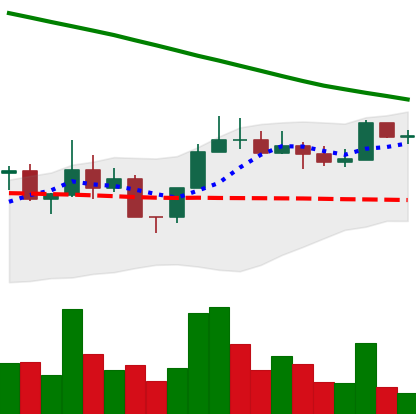
Ticker: NEO-USD
Chart end date: 2022-08-07
Forward return: 4.951%
Label: up_3_5